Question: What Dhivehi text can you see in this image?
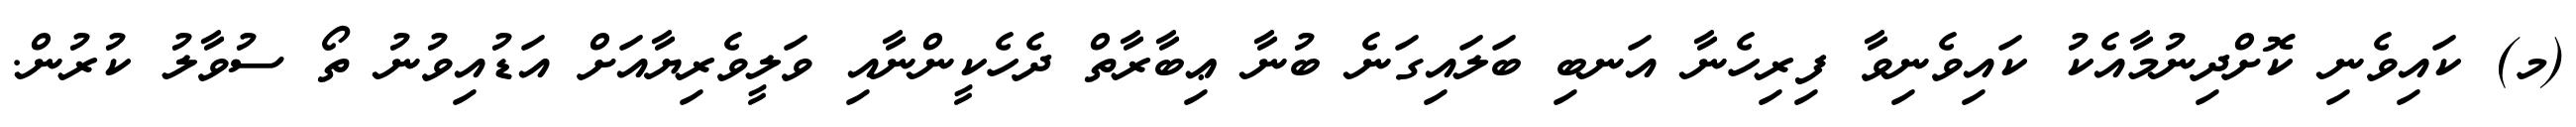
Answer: (މ) ކައިވެނި ކޮށްދިނުމާއެކު ކައިވެނިވާ ފިރިހެނާ އަނބި ބަލައިގަނެ ބުނާ ޢިބާރާތް ދެހެކީންނާއި ވަލީވެރިޔާއަށް އަޑުއިވުނު ތޯ ސުވާލު ކުރުން.